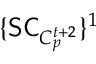
\{ \mathsf { S C } _ { C _ { p } ^ { t + 2 } } \} ^ { 1 }